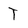
Character: T